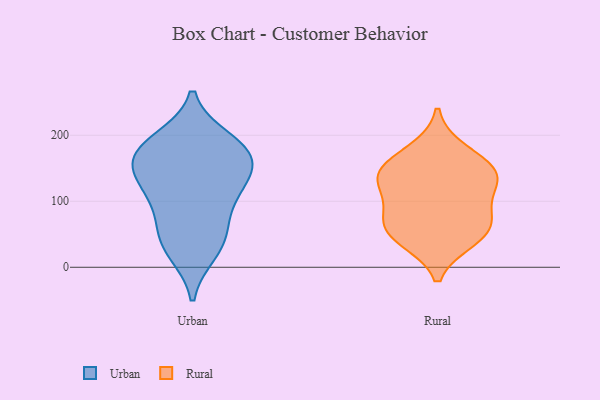
{"axis": {"x": "Page Views", "y": "Value"}, "legend": ["Rural", "Urban"], "data": [{"x": "", "y": 110, "type": "Urban"}, {"x": "", "y": 30, "type": "Urban"}, {"x": "", "y": 23, "type": "Urban"}, {"x": "", "y": 161, "type": "Urban"}, {"x": "", "y": 113, "type": "Urban"}, {"x": "", "y": 117, "type": "Urban"}, {"x": "", "y": 165, "type": "Urban"}, {"x": "", "y": 193, "type": "Urban"}, {"x": "", "y": 166, "type": "Urban"}, {"x": "", "y": 61, "type": "Urban"}, {"x": "", "y": 56, "type": "Urban"}, {"x": "", "y": 191, "type": "Urban"}, {"x": "", "y": 142, "type": "Urban"}, {"x": "", "y": 172, "type": "Urban"}, {"x": "", "y": 42, "type": "Rural"}, {"x": "", "y": 64, "type": "Rural"}, {"x": "", "y": 73, "type": "Rural"}, {"x": "", "y": 48, "type": "Rural"}, {"x": "", "y": 149, "type": "Rural"}, {"x": "", "y": 177, "type": "Rural"}, {"x": "", "y": 133, "type": "Rural"}, {"x": "", "y": 134, "type": "Rural"}, {"x": "", "y": 96, "type": "Rural"}, {"x": "", "y": 141, "type": "Rural"}]}